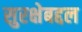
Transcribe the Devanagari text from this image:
सुरक्षेबद्दल